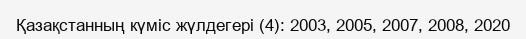
Қазақстанның күміс жүлдегері (4): 2003, 2005, 2007, 2008, 2020